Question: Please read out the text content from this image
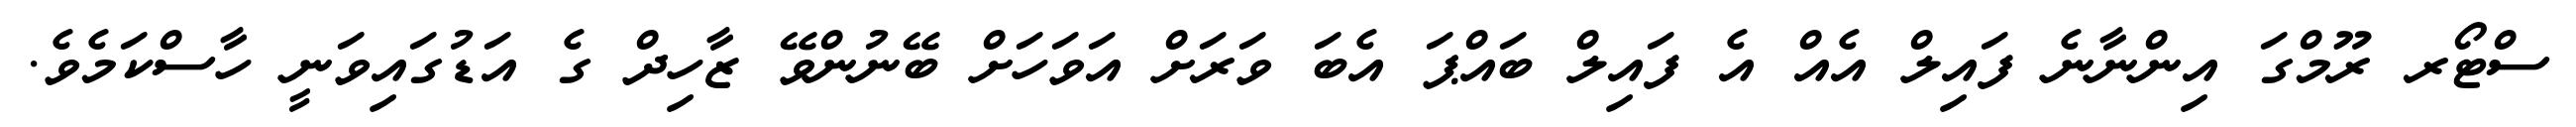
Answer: ސްޓޯރ ރޫމްގަ އިންނާނެ ފައިލް އެއް އެ ފައިލް ބައްޕަ އެބަ ވަރަށް އަވަހަށް ބޭނުންވޭ ޒާހިދް ގެ އަޑުގައިވަނީ ހާސްކަމެވެ.